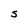
Character: S